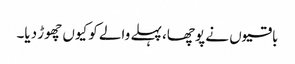
باقیوں نے پوچھا، پہلے والے کو کیوں چھوڑ دیا۔